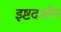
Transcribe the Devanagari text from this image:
इष्टदर्शनं